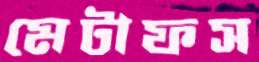
মেটাফস